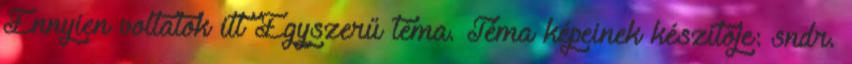
Ennyien voltatok itt Egyszerű téma. Téma képeinek készítője: sndr.